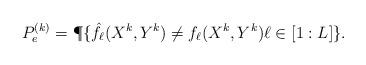
LaTeX: \begin{align*}P_e^{(k)}=\P\{\hat{f}_\ell(X^k, Y^k) \neq f_\ell(X^k, Y^k) \ell\in[1:L]\}.\end{align*}